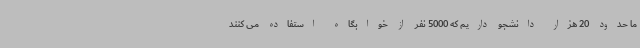
ما حدود 20 هزار دانشجو داریم که 5000 نفر از خوابگاه استفاده می کنند